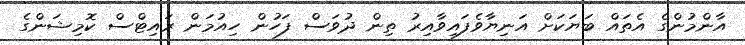
އާންމުންގެ އެތައް ބަޔަކަށް އަނިޔާވެފައިވާއިރު ތިން ދުވަސް ފަހުން ހިއުމަން ރައިޓްސް ކޮމިޝަންގެ